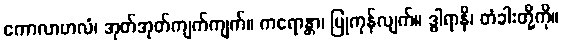
ကောလာဟလံ၊ အုတ်အုတ်ကျက်ကျက်။ ကရောန္တာ၊ ပြုကုန်လျက်။ ဒွါရာနိ၊ တံခါးတို့ကို။